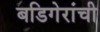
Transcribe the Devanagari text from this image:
बडिगेरांची